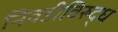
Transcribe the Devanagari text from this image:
निवडीविरुद्ध